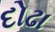
દોઢા